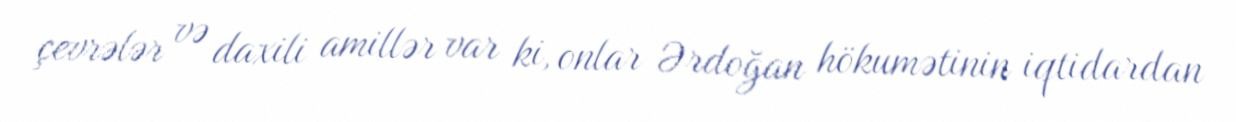
çevrələr və daxili amillər var ki, onlar Ərdoğan hökumətinin iqtidardan